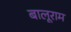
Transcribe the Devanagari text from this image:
बालूराम